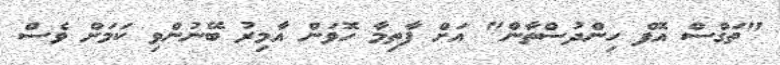
"ތަގްސް އޮފް ހިންދުސްތާން" އަށް ފާތިމާ ހޮވަން އާމިރު ބޭނުންވި ކަމަށް ވެސް